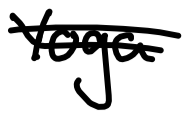
Text: Yoga
Cross-out: double-line
Writing tool: digital_black